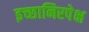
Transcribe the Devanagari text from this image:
इच्छानिरपेक्ष